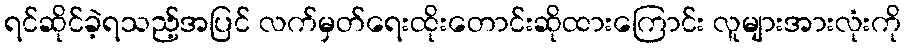
ရင်ဆိုင်ခဲ့ရသည့်အပြင် လက်မှတ်ရေးထိုးတောင်းဆိုထားကြောင်း လူများအားလုံးကို